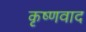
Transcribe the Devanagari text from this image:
कृष्णवाद